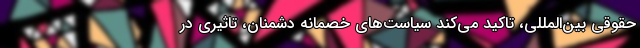
حقوقی بین‌المللی، تاکید می‌کند سیاست‌های خصمانه دشمنان، تاثیری در